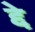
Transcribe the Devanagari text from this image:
द्दे